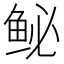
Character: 𫚑